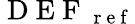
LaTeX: \mathrm{~D~E~F~}_{\mathrm{~r~e~f~}}